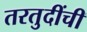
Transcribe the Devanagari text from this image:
तरतुदींची